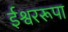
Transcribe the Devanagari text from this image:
ईश्वररूपा